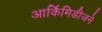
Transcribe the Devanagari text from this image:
आर्किमिडीजने